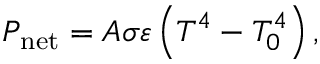
P _ { \mathrm { n e t } } = A \sigma \varepsilon \left( T ^ { 4 } - T _ { 0 } ^ { 4 } \right) ,